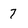
Character: 7